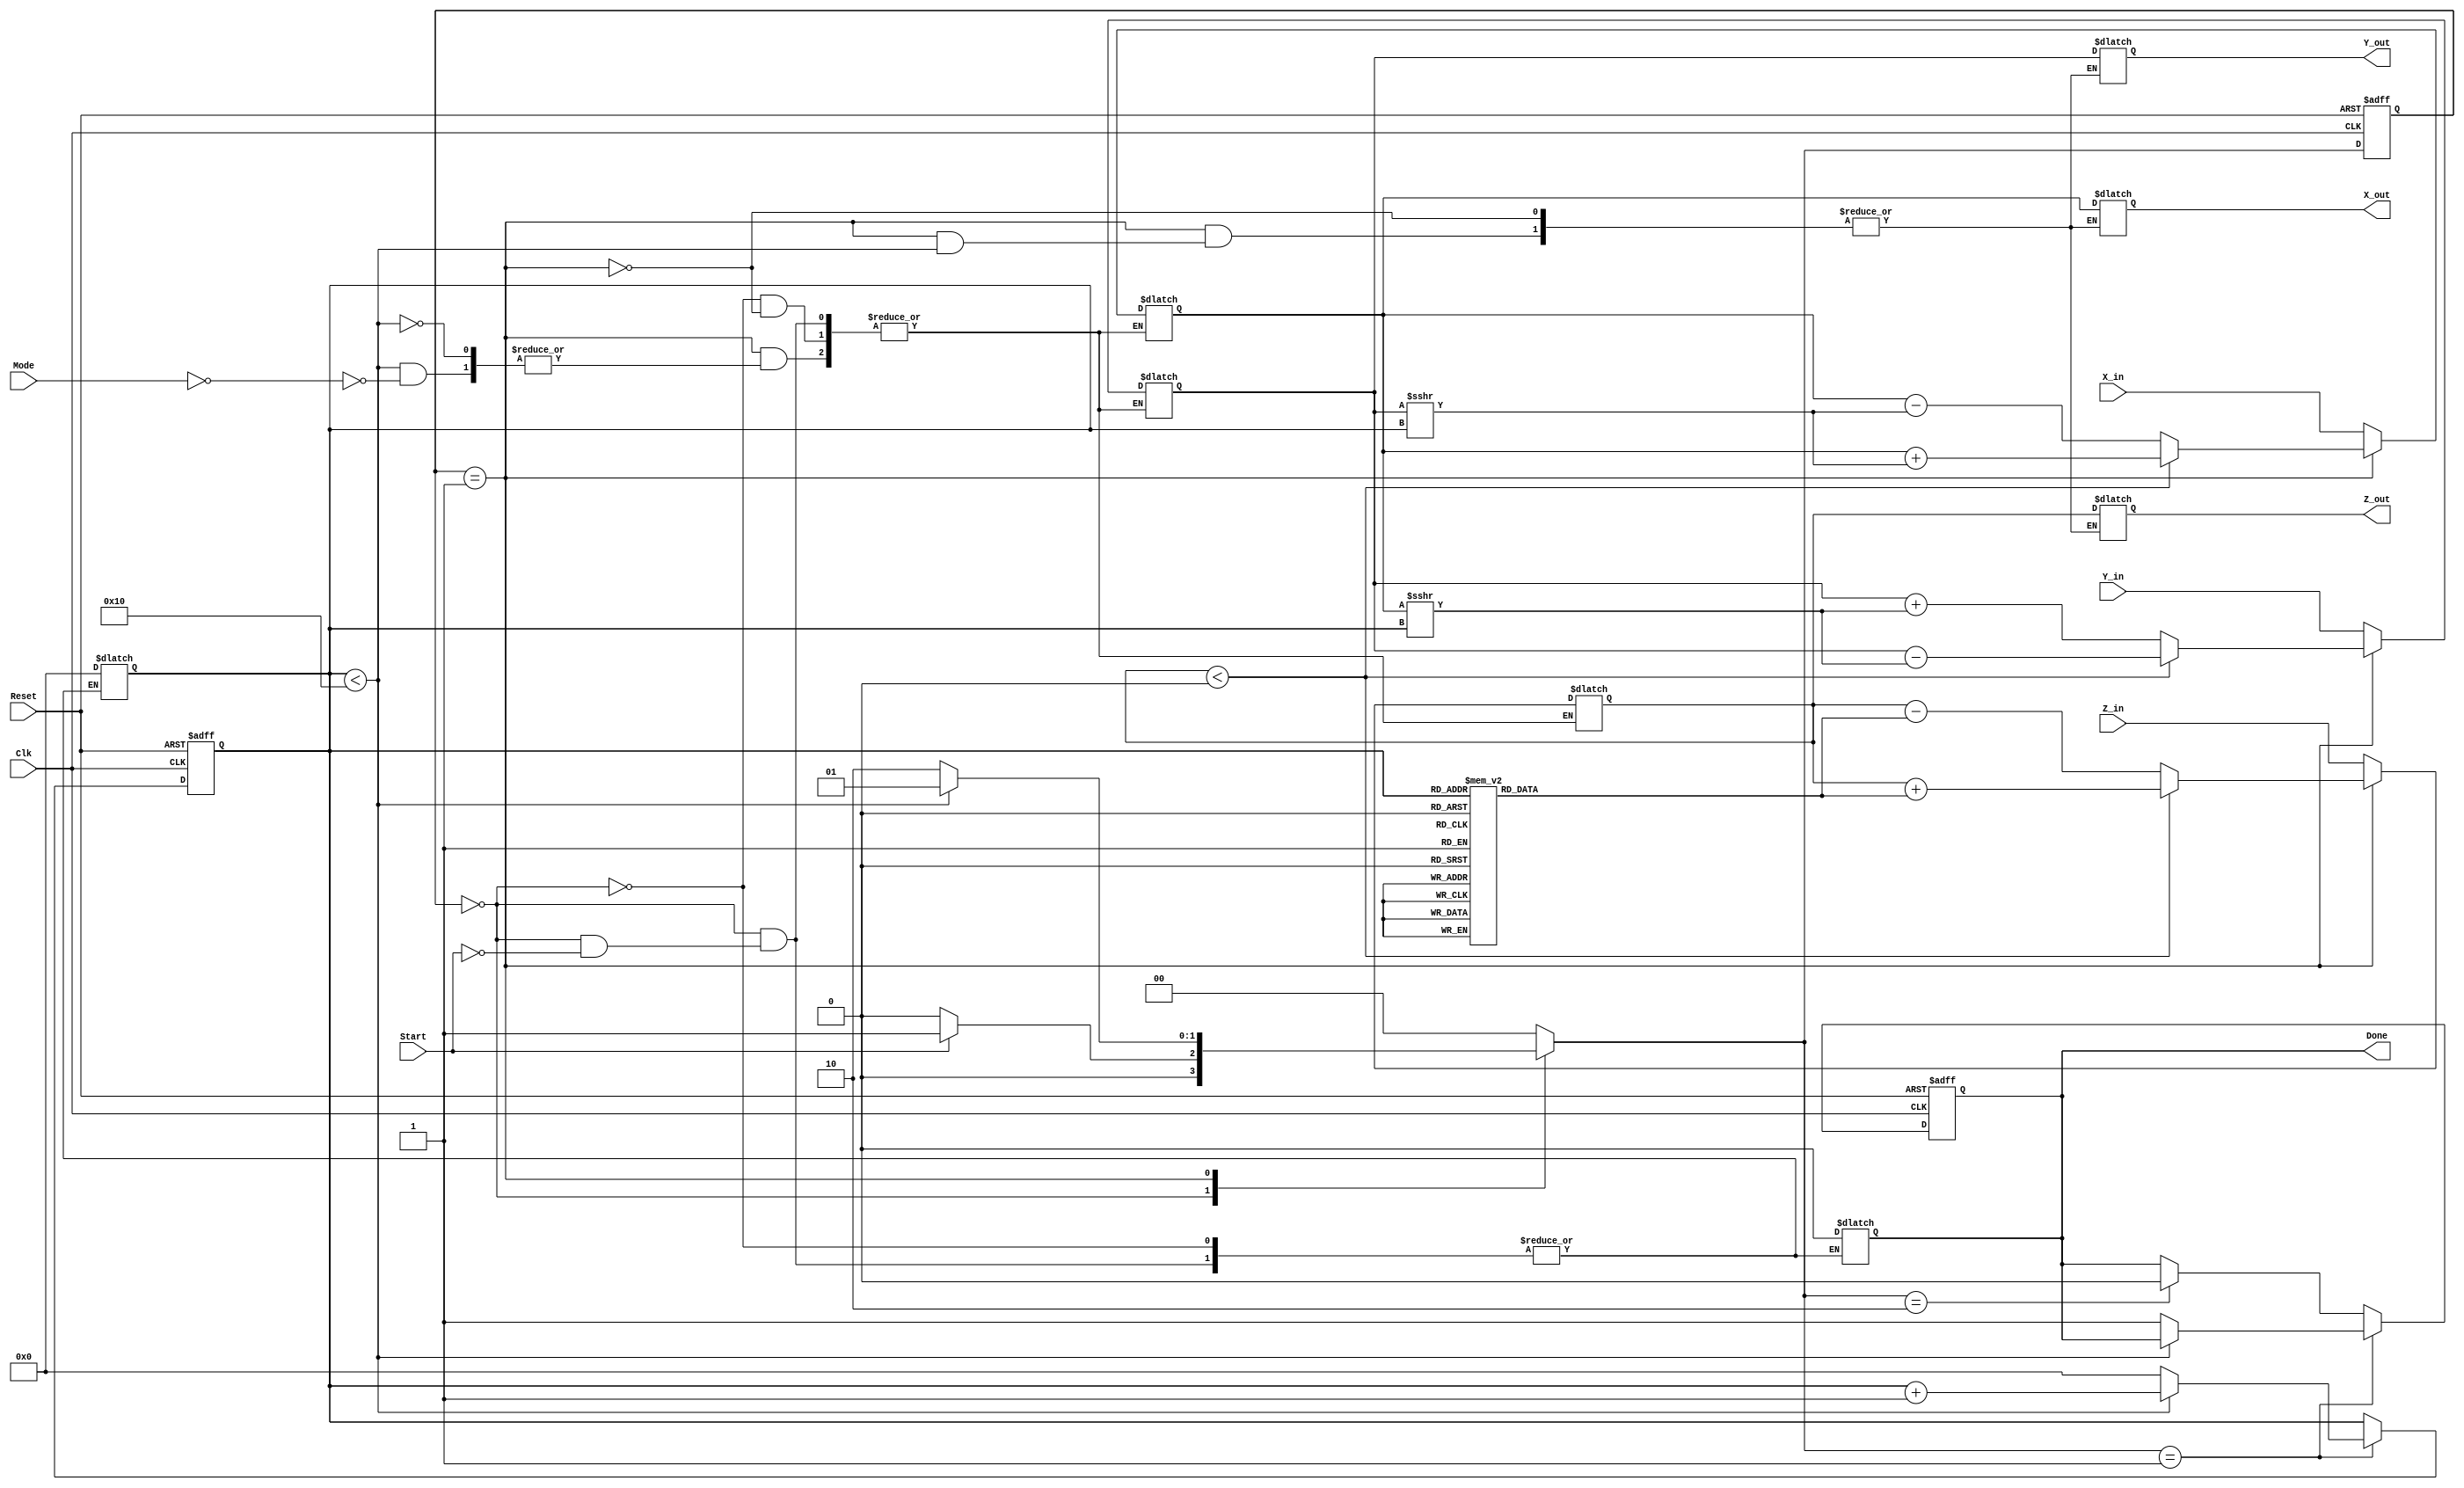
module CORDIC (
    input signed [15:0] X_in,
    input signed [15:0] Y_in,
    input signed [15:0] Z_in,
    input [1:0] Mode, // 0: rotation, 1: vectoring, 2: hyperbolic
    input Start,
    input Clk,
    input Reset,
    
    output reg signed [15:0] X_out,
    output reg signed [15:0] Y_out,
    output reg signed [15:0] Z_out,
    output reg Done
);

// CORDIC parameters
parameter NUM_ITERATIONS = 16; // Number of iterations
parameter ROT_TABLE_WIDTH = 16; // Bit width for arctangent values

// State definitions
localparam IDLE = 2'b00;
localparam COMPUTE = 2'b01;
localparam DONE_STATE = 2'b10;

// ROM for arctangent values (fixed-point representation)
reg signed [ROT_TABLE_WIDTH-1:0] atan_table [0:NUM_ITERATIONS-1]; 
initial begin
    // Pre-computed arctangents for CORDIC
    // Values can be adjusted based on your precision and representation
    atan_table[0] = 16'h26B3; // atan(2^-0) in Q15 format
    atan_table[1] = 16'h1DAC; // atan(2^-1)
    atan_table[2] = 16'h0FFC; // atan(2^-2)
    // Fill in the remainder with proper arctangent values...
end

// FSM State
reg [1:0] state, next_state;

// Iteration counter
reg [3:0] iteration_count;
// Registers for calculations
reg signed [15:0] x_reg;
reg signed [15:0] y_reg;
reg signed [15:0] z_reg;

// State machine logic
always @(posedge Clk or posedge Reset) begin
    if (Reset) begin
        state <= IDLE;
        iteration_count <= 0;
        Done <= 0;
    end else begin
        state <= next_state;
        if (next_state == COMPUTE) begin
            if (iteration_count < NUM_ITERATIONS) begin
                iteration_count <= iteration_count + 1;
            end else begin
                iteration_count <= 0;
                Done <= 1;
            end
        end else if (next_state == DONE_STATE) begin
            Done <= 0; // Clear done signal for next operation
        end
    end
end

// Next state logic
always @(*) begin
    case(state)
        IDLE: begin
            if (Start) begin
                next_state = COMPUTE;
                x_reg = X_in; // Initialize the registers
                y_reg = Y_in;
                z_reg = Z_in;
                iteration_count = 0;
                Done = 0;
            end else begin
                next_state = IDLE;
            end
        end

        COMPUTE: begin
            if (iteration_count < NUM_ITERATIONS) begin
                // CORDIC iteration
                if (Mode == 0) begin // Rotation Mode
                    if (z_reg < 0) begin
                        x_reg <= x_reg + (y_reg >>> iteration_count); // Rotate in the negative direction
                        y_reg <= y_reg - (x_reg >>> iteration_count);
                        z_reg <= z_reg + atan_table[iteration_count];
                    end else begin
                        x_reg <= x_reg - (y_reg >>> iteration_count); // Rotate in the positive direction
                        y_reg <= y_reg + (x_reg >>> iteration_count);
                        z_reg <= z_reg - atan_table[iteration_count];
                    end
                end else if (Mode == 1) begin // Vectoring Mode
                    // Additional logic for vectoring if desired
                end else if (Mode == 2) begin // Hyperbolic Mode
                    // Additional logic for hyperbolic if desired
                end
                next_state = COMPUTE;
            end else begin
                next_state = DONE_STATE;
                X_out = x_reg; // Assign output upon completion
                Y_out = y_reg;
                Z_out = z_reg;
            end
        end

        DONE_STATE: begin
            next_state = IDLE; // Return to IDLE after processing
        end

        default: begin
            next_state = IDLE; // Fallback to idle state
        end
    endcase
end

endmodule